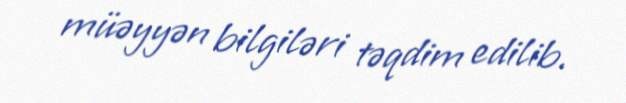
müəyyən bilgiləri təqdim edilib.